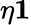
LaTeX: \eta\le 1